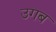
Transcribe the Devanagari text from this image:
उगब